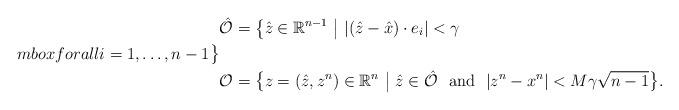
LaTeX: \begin{align*}& \hat{\mathcal{O}} = \big\{\hat z\in \mathbb{R}^{n-1} \ \big | \ | (\hat z -\hat x) \cdot e_i |<\gamma \\mbox{ for all } i=1, \ldots, n-1\big\} \\ &\mathcal{O} = \big\{z=(\hat z, z^n)\in \mathbb{R}^n \ \big | \ \hat z\in\hat{\mathcal{O}} \ \mbox{ and } \ |z^n - x^n|<M\gamma\sqrt{n-1}\big\}.\end{align*}